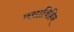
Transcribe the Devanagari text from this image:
वसाविहिन